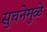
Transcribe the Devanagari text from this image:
सुचनेमुळे